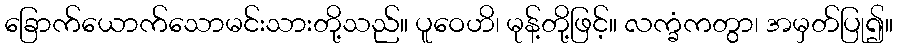
ခြောက်ယောက်သောမင်းသားတို့သည်။ ပူဝေဟိ၊ မုန့်တို့ဖြင့်။ လက္ခံကတွာ၊ အမှတ်ပြု၍။